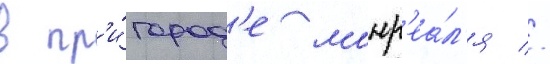
в пр'и́город'е монр'еа́л'я //